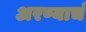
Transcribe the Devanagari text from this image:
अरण्याचं